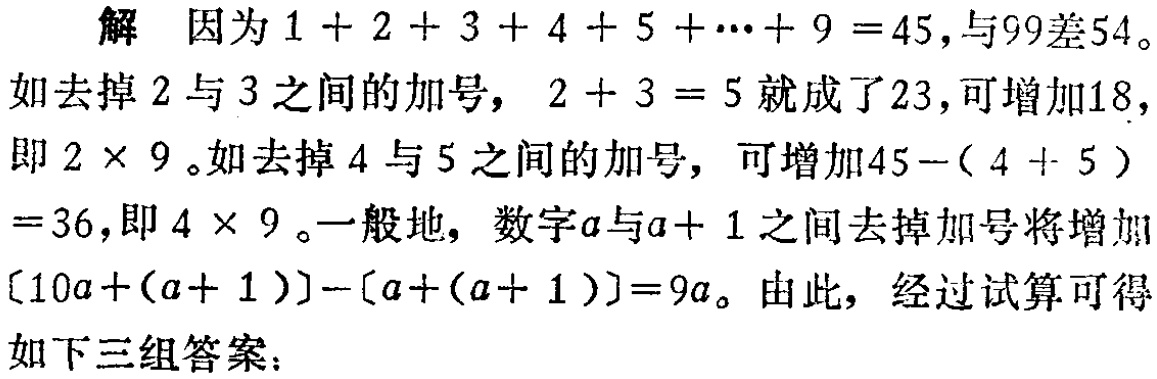
解 因为\(1 + 2 + 3 + 4 + 5 + \cdots + 9 =45\)，与\(99\)差\(54\)。

如去掉\(2\)与\(3\)之间的加号，\(2 + 3 = 5\)就成了\(23\)，可增加\(18\)，

即\(2\times 9\)。如去掉\(4\)与\(5\)之间的加号，可增加\(45-(4 + 5)\)

\(=36\)，即\(4\times 9\)。一般地，数字\(a\)与\(a + 1\)之间去掉加号将增加

\([10a+(a + 1)]-[a+(a + 1)]=9a\)。由此，经过试算可得

如下三组答案：